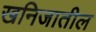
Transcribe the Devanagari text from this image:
खनिजातील